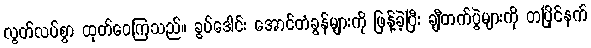
လွတ်လပ်စွာ ထုတ်ဝေကြသည်။ ခွပ်ဒေါင်း အောင်တံခွန်များကို ဖြန့်ခဲ့ပြီး ချီတက်ပွဲများကို တပြိုင်နက်